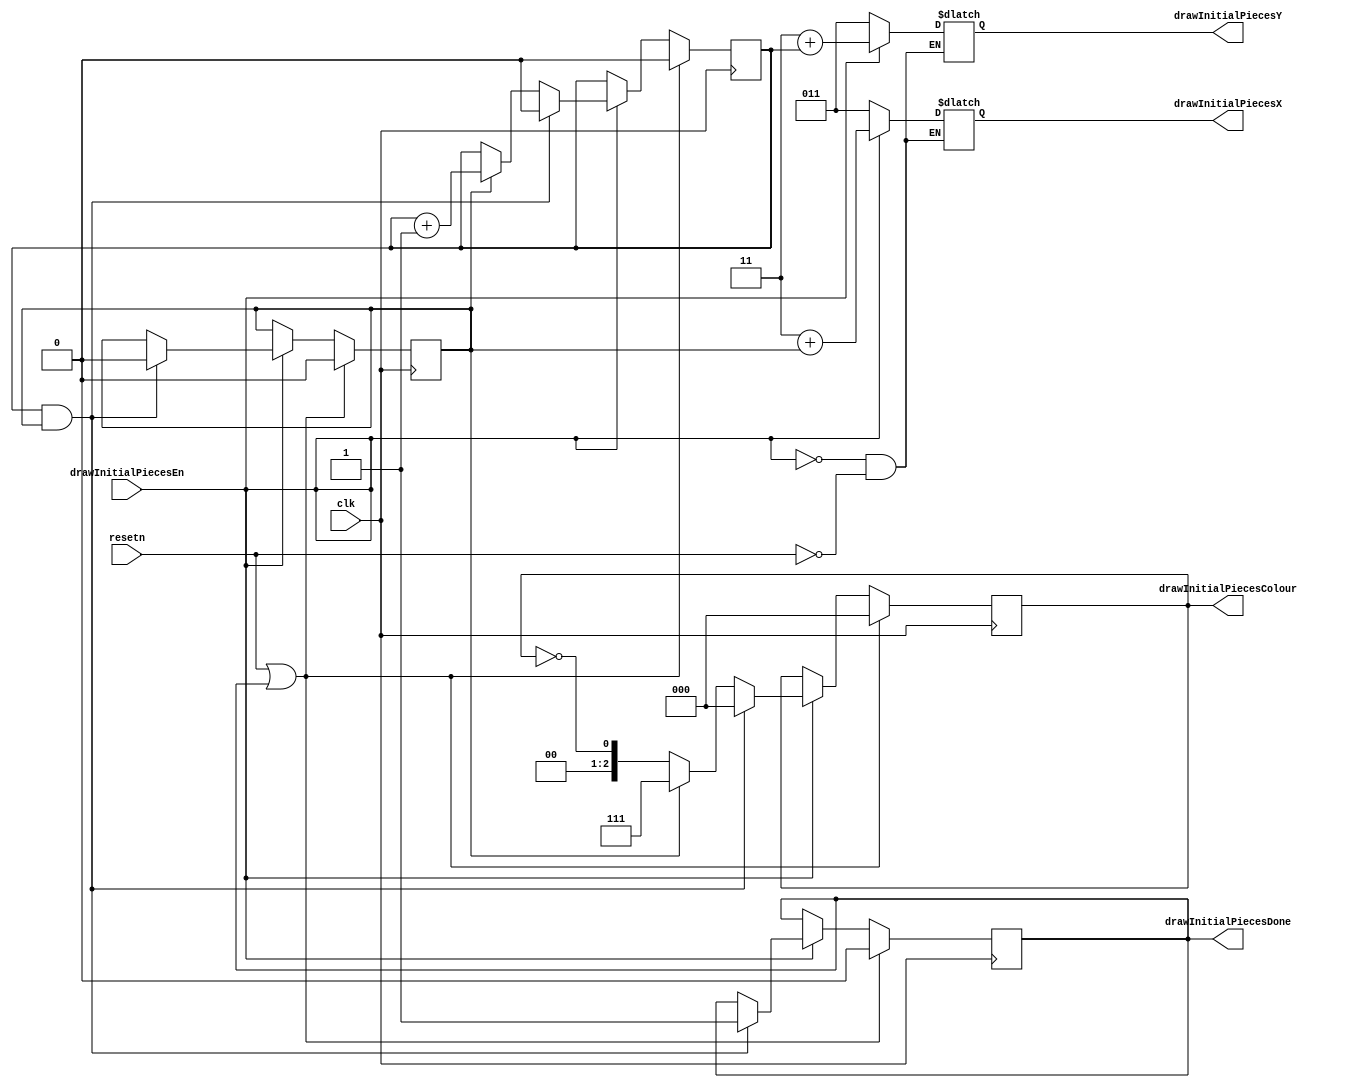
module drawInitialPieces(
					input clk,
					input drawInitialPiecesEn,
					input resetn,
					
					output reg [2:0] drawInitialPiecesX,
					output reg [2:0] drawInitialPiecesY,
					output reg [2:0] drawInitialPiecesColour,
					output reg drawInitialPiecesDone
					);
			wire [2:0] x;
			wire [2:0] y;
			assign x = 3;
			assign y = 3;
			reg xAdd;
			reg yAdd;

			always @(*)
			begin
				if (resetn)
				begin
					drawInitialPiecesX = x;
					drawInitialPiecesY = y;
				end
				if (drawInitialPiecesEn) 
				begin
					drawInitialPiecesX = x + xAdd;
					drawInitialPiecesY = y + yAdd;
				end
			end
			
			//white at top left square and bottom right square, black at top right square and bottom left square
			always @(posedge clk)
			begin
				if (resetn | drawInitialPiecesDone)
				begin
					drawInitialPiecesColour <= 3'b000;
					xAdd <= 0;
					yAdd <= 0;
					drawInitialPiecesDone <= 0;
				end
				else if (drawInitialPiecesEn)
				begin
					if (yAdd == 1 & xAdd == 1)
					begin
						drawInitialPiecesColour <= 3'b000;
						yAdd <= 0;
						xAdd <= 0;
						drawInitialPiecesDone <= 1;
					end
					else 
					begin
						if (xAdd == 1)
						begin
							drawInitialPiecesColour <= 3'b111;
							xAdd <= 0;
							yAdd <= yAdd + 1;
						end
						else
							drawInitialPiecesColour <= !drawInitialPiecesColour;
							xAdd <= xAdd;
					end
				end
			end
endmodule